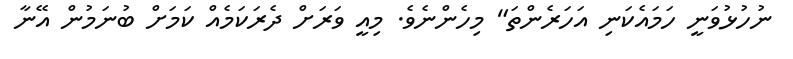
ނުހުޅުވަނީ ހަމައެކަނި އަހަރެންތަ" މިހެންނެވެ. މިއީ ވަރަށް ދެރަކަމެއް ކަމަށް ބުނަމުން އޭނާ